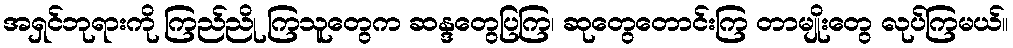
အရှင်ဘုရားကို ကြည်ညို ကြသူတွေက ဆန္ဒတွေပြကြ၊ ဆုတွေတောင်းကြ တာမျိုးတွေ လုပ်ကြမယ်။